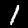
Digit: 1